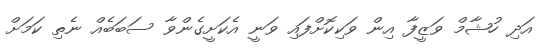
އަދި ހުޝާމް ވަޒީފާ އިން ވަކިކޮށްފައި ވަނީ އެކަށީގެންވާ ސަބަބެއް ނެތި ކަމަށް